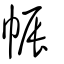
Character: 帪